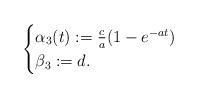
\begin{align*} \begin{cases} \alpha_3(t) :=\frac{c}{a}(1-e^{-at}) \\ \beta_3:=d.\end{cases}\end{align*}